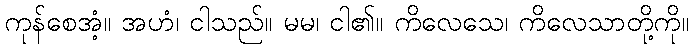
ကုန်စေအံ့။ အဟံ၊ ငါသည်။ မမ၊ ငါ၏။ ကိလေသေ၊ ကိလေသာတို့ကို။